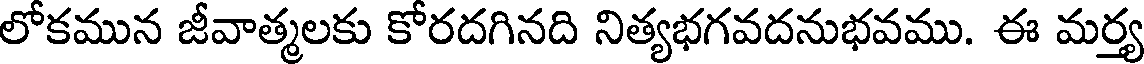
లోకమున జీవాత్మలకు కోరదగినది నిత్యభగవదనుభవము. ఈ మర్త్య